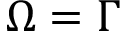
\Omega = \Gamma